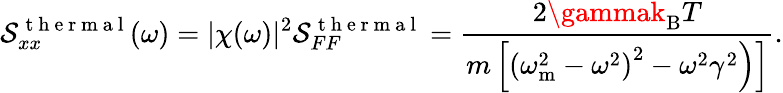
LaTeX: \mathcal{S}_{xx}^{\mathrm{{~t~h~e~r~m~a~l~}}}(\omega)=|\chi(\omega)|^{2}\mathcal{S}_{FF}^{\mathrm{{~t~h~e~r~m~a~l~}}}=\frac{{2\gammak_{\mathrm{{B}}}T}}{{\left.m\left[\left(\omega_{\mathrm{{m}}}^{2}-\omega^{2}\right)^{2}-\omega^{2}\gamma^{2}\right)\right]}}.